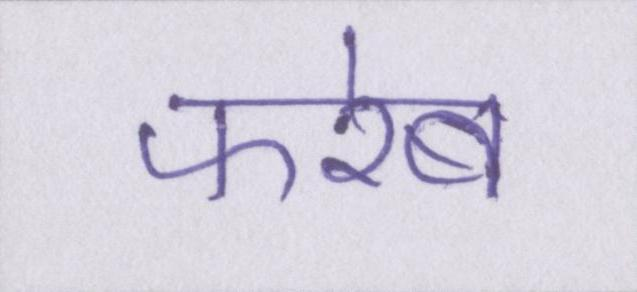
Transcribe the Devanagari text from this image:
फरेब